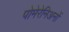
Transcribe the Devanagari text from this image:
पोमेरेनिअनों